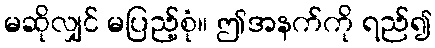
မဆိုလျှင် မပြည့်စုံ။ ဤအနက်ကို ရည်၍